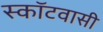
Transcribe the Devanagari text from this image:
स्कॉटवासी